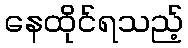
နေထိုင်ရသည့်